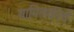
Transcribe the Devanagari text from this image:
सामिलकीचे